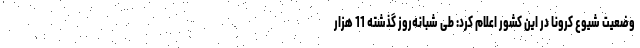
وضعیت شیوع کرونا در این کشور اعلام کرد: طی شبانه‌روز گذشته 11 هزار